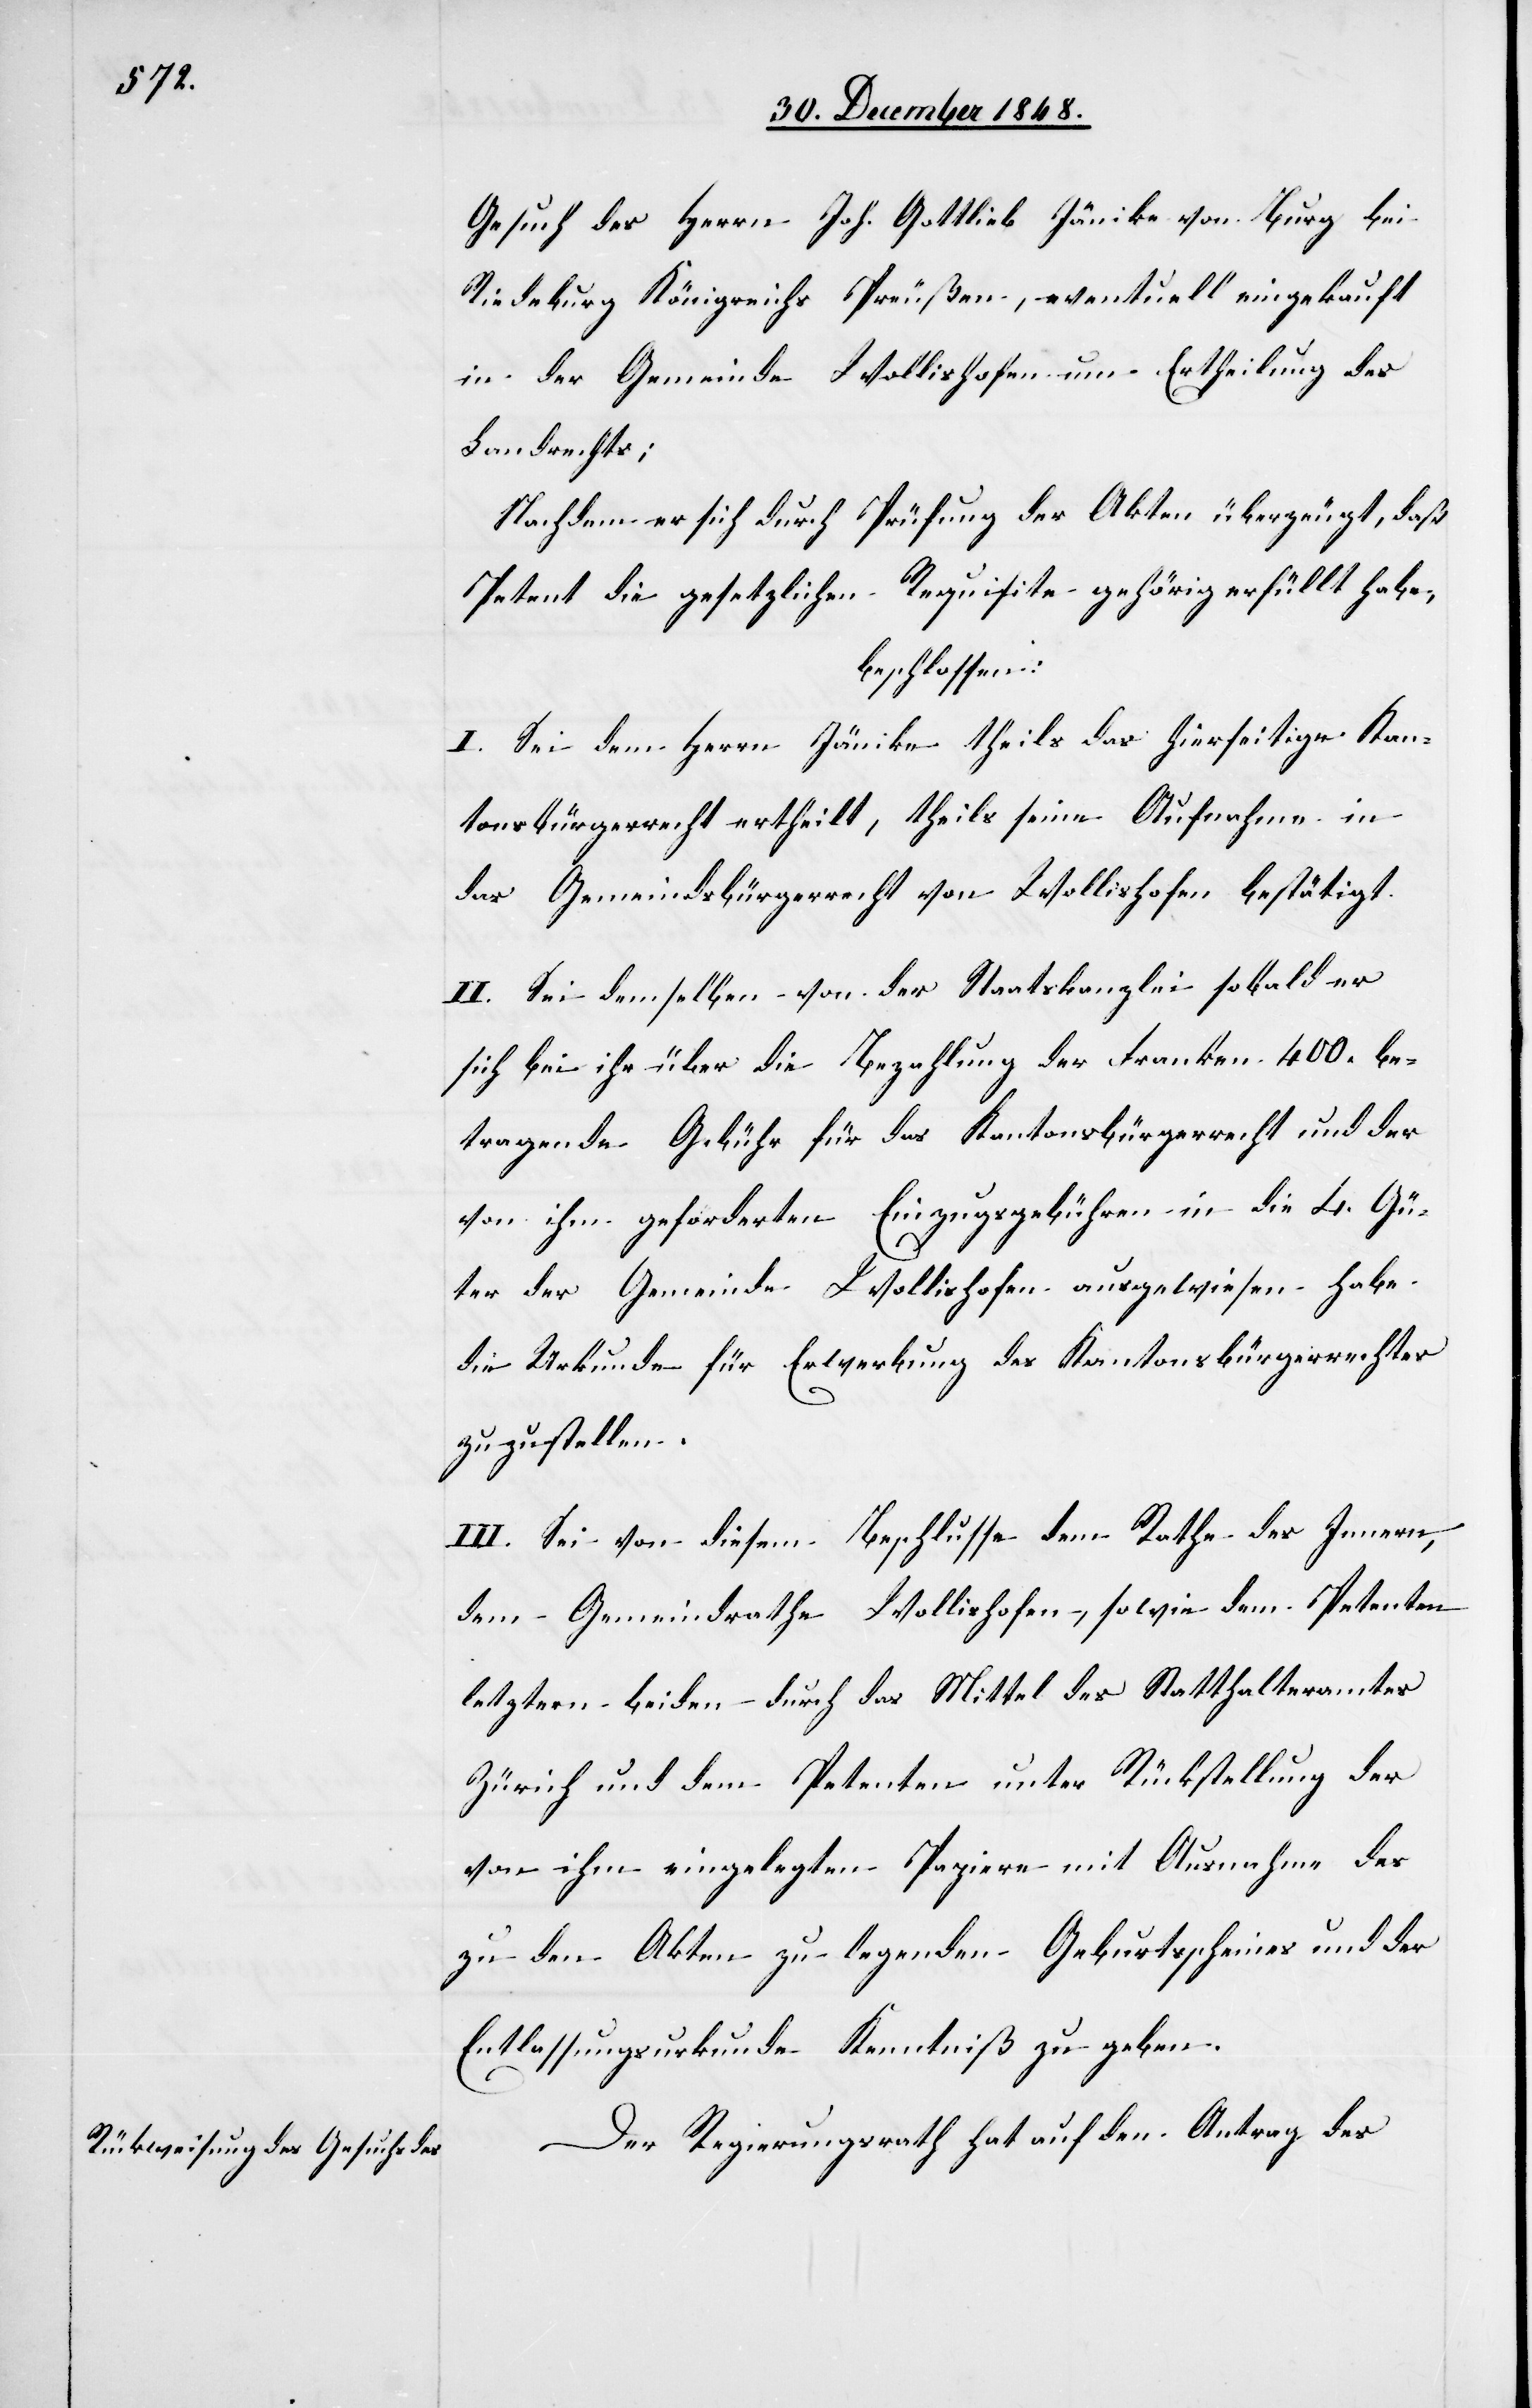
Gesuch des Herrn Joh. Gottlieb Jänike von Burg bei
Riedeburg Königreichs Preußen, eventuell eingekauft
in der Gemeinde Wollishofen um Ertheilung des
Landrechts;
Nachdem er sich durch Prüfung der Akten überzeugt, daß
Petent die gesetzlichen Requisite gehörig erfüllt habe,
beschlossen:
I. Sei dem Herrn Jänike theils das hierseitige Kan¬
tonsbürgerrecht ertheilt, theils seine Aufnahme in
das Gemeindbürgerrecht von Wollishofen bestätigt.
II. Sei demselben von der Staatskanzlei sobald er
sich bei ihr über die Bezahlung der Franken 400. be¬
tragende Gebühr für das Kantonsbürgerrecht und der
von ihm geforderten Einzugsgebühren in die 4. Gü¬
ter der Gemeinde Wollishofen ausgewiesen habe
die Urkunde für Erwerbung des Kantonsbürgerrechts
zuzustellen.
III. Sei von diesem Beschlusse dem Rathe des Innern,
dem Gemeindrathe Wollishofen, sowie dem Petenten
letztern beiden durch das Mittel des Statthalteramtes
Zürich und dem Petenten unter Rückstellung der
von ihm eingelegten Papiere mit Ausnahme des
zu den Akten zu legenden Geburtscheines und der
Entlassungsurkunde Kenntniß zu geben.
Der Regierungsrath hat auf den Antrag des